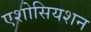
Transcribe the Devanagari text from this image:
एशोसियशन